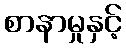
စာနာမှုနှင့်